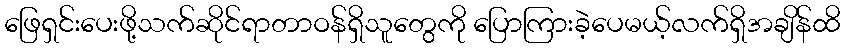
ဖြေရှင်းပေးဖို့သက်ဆိုင်ရာတာဝန်ရှိသူတွေကို ပြောကြားခဲ့ပေမယ့်လက်ရှိအချိန်ထိ